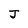
Character: J